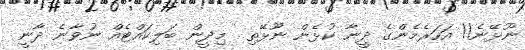
ނޫޅޭނެ!! އަހަރެމެންގެ ދީނާ ކުޅެން ނޫޅޭތި  މިދީން ބަލިކައްޓެއް ނުވާނެ ދާނީ